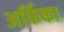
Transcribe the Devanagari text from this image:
अर्फिका